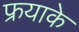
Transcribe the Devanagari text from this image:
फ्रयाके